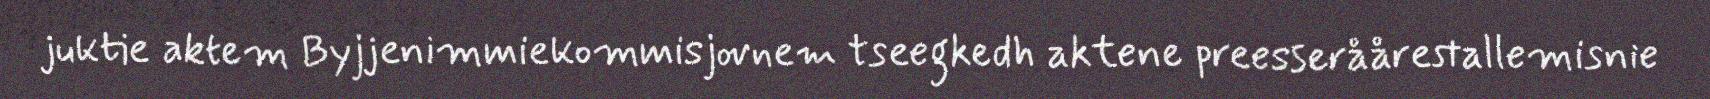
juktie aktem Byjjenimmiekommisjovnem tseegkedh aktene preesseråårestallemisnie